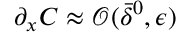
\partial _ { x } C \approx { \mathcal O } ( \bar { \delta } ^ { 0 } , { \epsilon } )